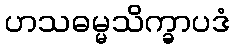
ဟသဓမ္မသိက္ခာပဒံ